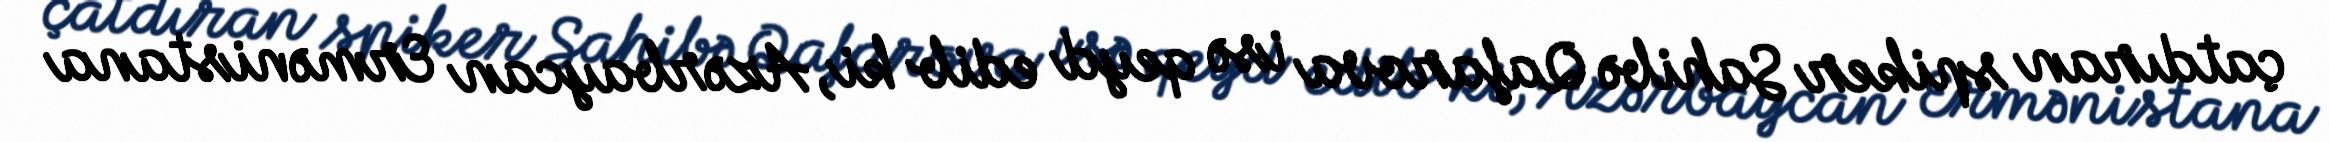
çatdıran spiker Sahibə Qafarova isə qeyd edib ki, Azərbaycan Ermənistana